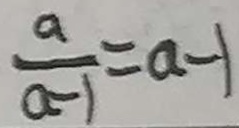
\frac { a } { a - 1 } = a - 1